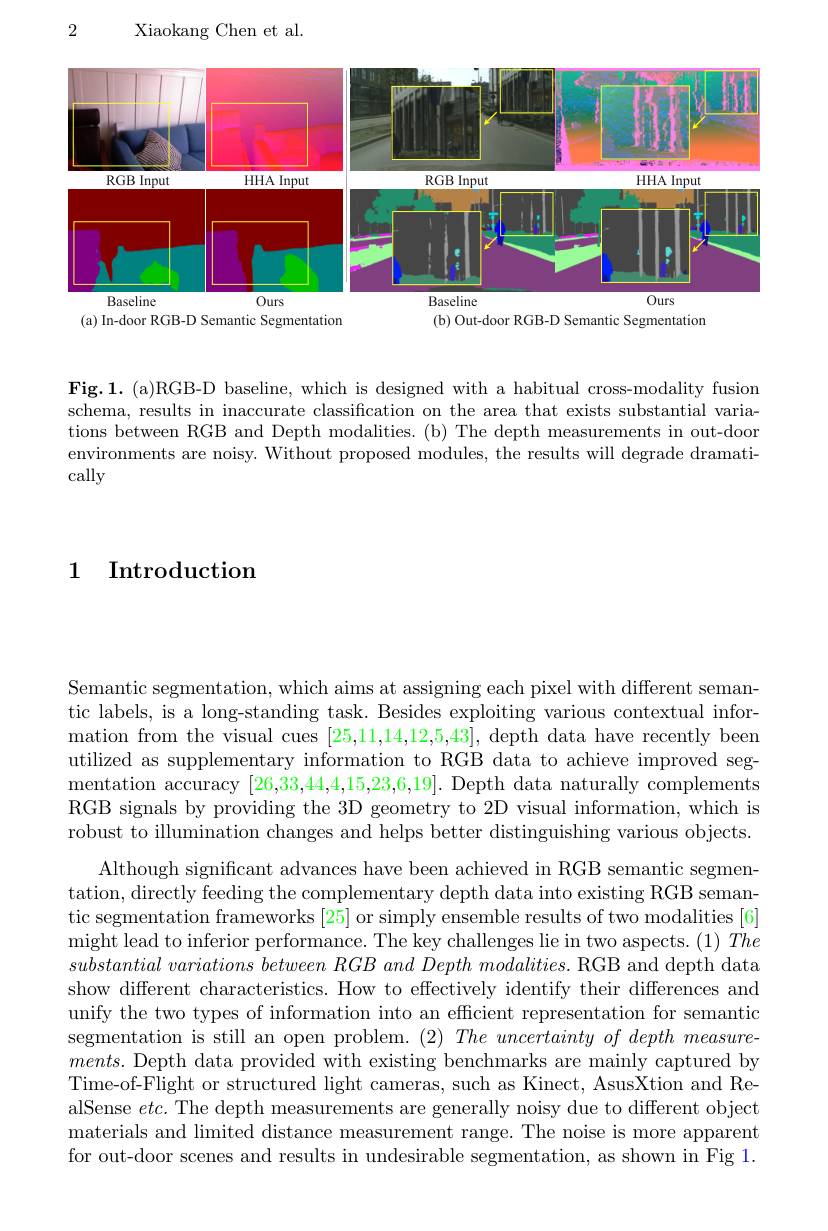
2

Xiaokang Chen et al.

<FigureHere>
(a) In-door RGB-D Semantic Segmentation
(b) Out-door RGB-D Semantic Segmentation

Fig.1. (a)RGB-D baseline, which is designed with a habitual cross-modality fusion schema, results in inaccurate classification on the area that exists substantial variations between RGB and Depth modalities. (b) The depth measurements in out-door environments are noisy. Without proposed modules, the results will degrade dramatically

1 Introduction

Semantic segmentation, which aims at assigning each pixel with different semantic labels, is a long-standing task. Besides exploiting various contextual information from the visual cues [25,11,14,12,5,43], depth data have recently been utilized as supplementary information to RGB data to achieve improved segmentation accuracy [26,33,44,4,15,23,6,19]. Depth data naturally complements RGB signals by providing the 3D geometry to 2D visual information, which is robust to illumination changes and helps better distinguishing various objects.
Although significant advances have been achieved in RGB semantic segmentation, directly feeding the complementary depth data into existing RGB semantic segmentation frameworks [25] or simply ensemble results of two modalities [6] might lead to inferior performance. The key challenges lie in two aspects. (1) The $substantial\textit{ variations between RGB and Depth modalities. RGB and depth data}$ show different characteristics. How to effectively identify their differences and unify the two types of information into an efficient representation for semantic segmentation is still an open problem. $( 2) \textit{The uncertainty of depth measure- }$ $ments.$ Depth data provided with existing benchmarks are mainly captured by Time-of-Flight or structured light cameras, such as Kinect, AsusXtion and RealSense $etc.$ The depth measurements are generally noisy due to different object materials and limited distance measurement range. The noise is more apparent for out-door scenes and results in undesirable segmentation, as shown in Fig 1.